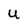
Character: U